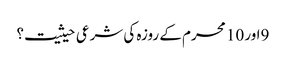
9اور 10 محرم کے روزہ کی شرعی حیثیت؟